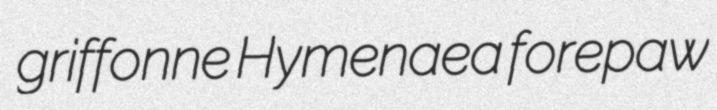
griffonne Hymenaea forepaw